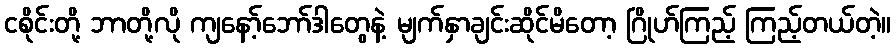
ငစိုင်းတို့ ဘာတို့လို ကျနော့်ဘော်ဒါတွေနဲ့ မျက်နှာချင်းဆိုင်မိတော့ ဂြိုဟ်ကြည့် ကြည့်တယ်တဲ့။